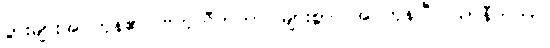
ပွားများအပ်ကုန်၏။ ဗဟုလီကတာ၊ များစွာပြုအပ်ကုန်ပြီ။ ယာနီကတာ၊